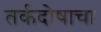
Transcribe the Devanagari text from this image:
तर्कदोषाचा